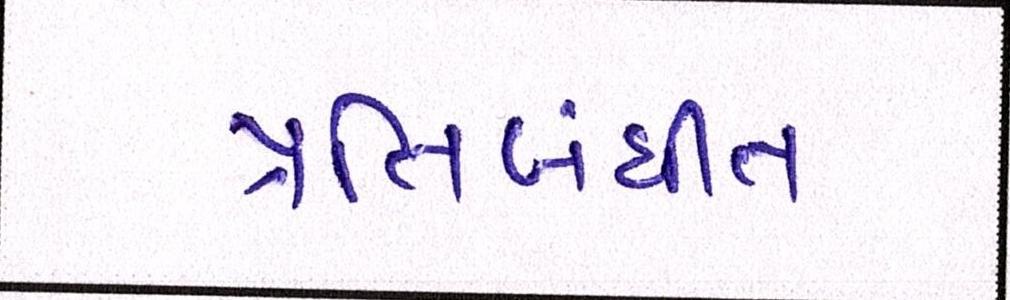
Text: પ્રતિબંધીત